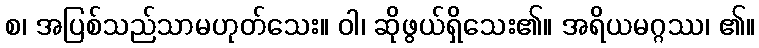
စ၊ အပြစ်သည်သာမဟုတ်သေး။ ဝါ၊ ဆိုဖွယ်ရှိသေး၏။ အရိယမဂ္ဂဿ၊ ၏။